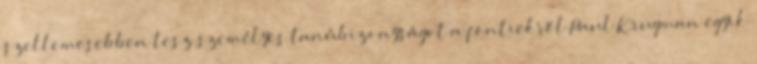
szellemesebben tesz személyes tanúbizonyságot a föntiekről Paul Krugman egyik